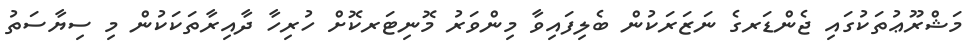
މަޝްރޫޢުތަކުގައި ޖެންޑަރގެ ނަޒަރަކުން ބެލިފައިވާ މިންވަރު މޮނިޓަރކޮށް ހުރިހާ ދާއިރާތަކަކުން މި ސިޔާސަތު